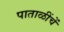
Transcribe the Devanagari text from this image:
पाताळींचें